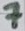
Text: 7